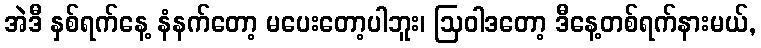
အဲဒီ နှစ်ရက်နေ့ နံနက်တော့ မပေးတော့ပါဘူး၊ ဩဝါဒတော့ ဒီနေ့တစ်ရက်နားမယ်,